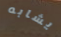
يشابه